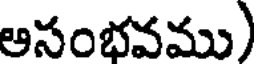
అసంభవము)